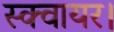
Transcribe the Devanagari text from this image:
स्क्वायर।